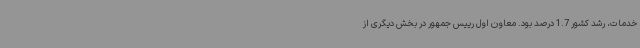
خدمات، رشد کشور 1.7 درصد بود. معاون اول رییس جمهور در بخش دیگری از